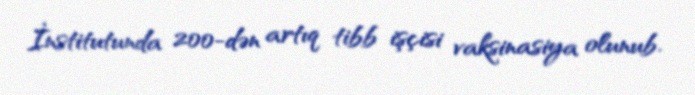
İnstitutunda 200-dən artıq tibb işçisi vaksinasiya olunub.